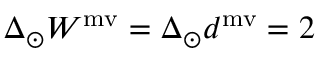
\Delta _ { \odot } W ^ { \mathrm { m v } } = \Delta _ { \odot } d ^ { \mathrm { m v } } = 2